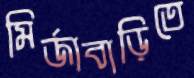
মির্জাবাড়িতে